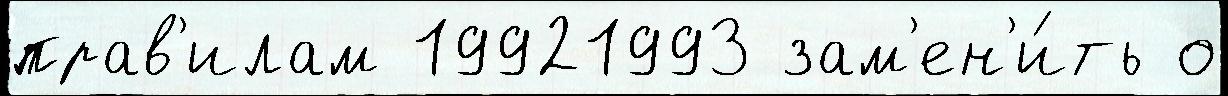
прав'илам 19921993 зам'ен'и́ть о